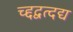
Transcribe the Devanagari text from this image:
च्द्दद्वत्दद्य